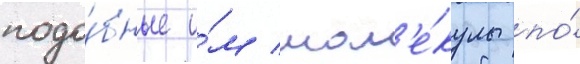
подо́бные и́м мол'е́кулы по́